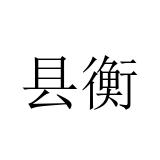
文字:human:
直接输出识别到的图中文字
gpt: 县衡